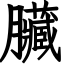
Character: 臟